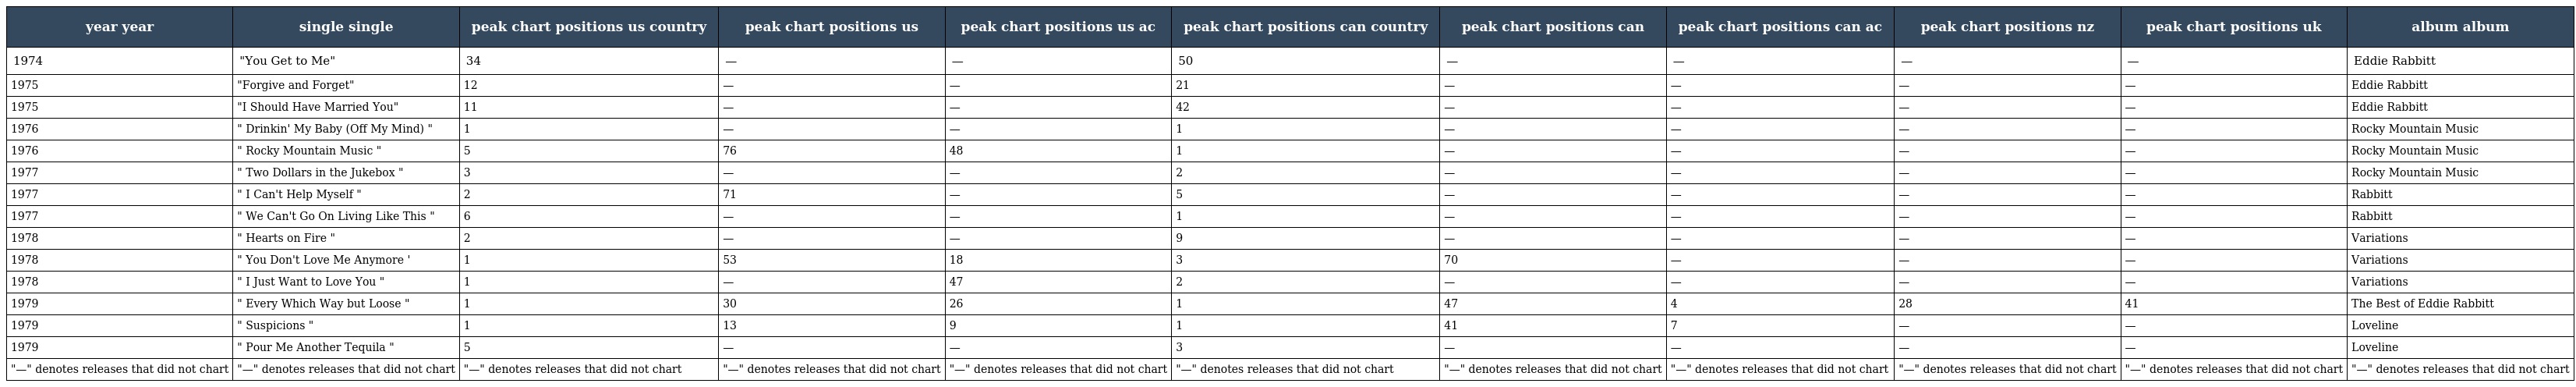
| year year | single single | peak chart positions us country | peak chart positions us | peak chart positions us ac | peak chart positions can country | peak chart positions can | peak chart positions can ac | peak chart positions nz | peak chart positions uk | album album |
 | --- | --- | --- | --- | --- | --- | --- | --- | --- | --- | --- |
 | 1974 | "You Get to Me" | 34 | — | — | 50 | — | — | — | — | Eddie Rabbitt |
 | 1975 | "Forgive and Forget" | 12 | — | — | 21 | — | — | — | — | Eddie Rabbitt |
 | 1975 | "I Should Have Married You" | 11 | — | — | 42 | — | — | — | — | Eddie Rabbitt |
 | 1976 | " Drinkin' My Baby (Off My Mind) " | 1 | — | — | 1 | — | — | — | — | Rocky Mountain Music |
 | 1976 | " Rocky Mountain Music " | 5 | 76 | 48 | 1 | — | — | — | — | Rocky Mountain Music |
 | 1977 | " Two Dollars in the Jukebox " | 3 | — | — | 2 | — | — | — | — | Rocky Mountain Music |
 | 1977 | " I Can't Help Myself " | 2 | 71 | — | 5 | — | — | — | — | Rabbitt |
 | 1977 | " We Can't Go On Living Like This " | 6 | — | — | 1 | — | — | — | — | Rabbitt |
 | 1978 | " Hearts on Fire " | 2 | — | — | 9 | — | — | — | — | Variations |
 | 1978 | " You Don't Love Me Anymore ' | 1 | 53 | 18 | 3 | 70 | — | — | — | Variations |
 | 1978 | " I Just Want to Love You " | 1 | — | 47 | 2 | — | — | — | — | Variations |
 | 1979 | " Every Which Way but Loose " | 1 | 30 | 26 | 1 | 47 | 4 | 28 | 41 | The Best of Eddie Rabbitt |
 | 1979 | " Suspicions " | 1 | 13 | 9 | 1 | 41 | 7 | — | — | Loveline |
 | 1979 | " Pour Me Another Tequila " | 5 | — | — | 3 | — | — | — | — | Loveline |
 | "—" denotes releases that did not chart | "—" denotes releases that did not chart | "—" denotes releases that did not chart | "—" denotes releases that did not chart | "—" denotes releases that did not chart | "—" denotes releases that did not chart | "—" denotes releases that did not chart | "—" denotes releases that did not chart | "—" denotes releases that did not chart | "—" denotes releases that did not chart | "—" denotes releases that did not chart |